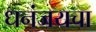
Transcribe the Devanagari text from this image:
धनंजयचा